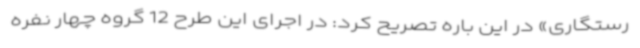
رستگاری» در این باره تصریح کرد: در اجرای این طرح 12 گروه چهار نفره